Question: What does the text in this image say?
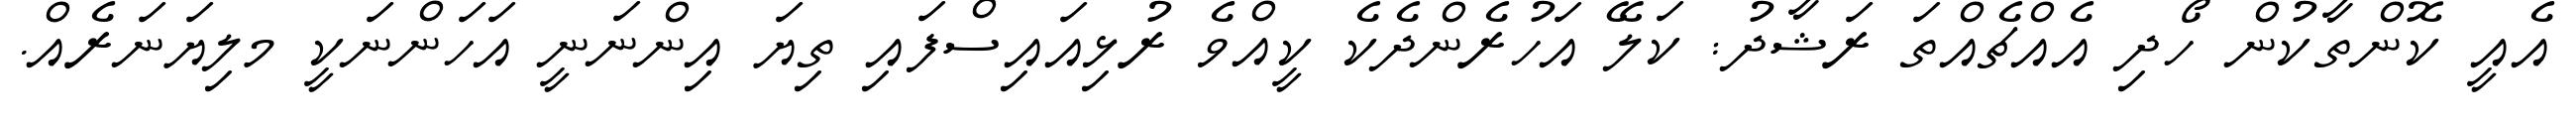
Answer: އެއީ ކޮންތާކުން ހޯދި އެއްޗެއްތަ ރަޝާދު: ކަލޭ އަހުރެންދެކެ ކީއްވެ ރުޅިއައިސްފައި ތިޔަ އިންނަނީ އަހަންނަކީ މލިޔަނަރެއް.